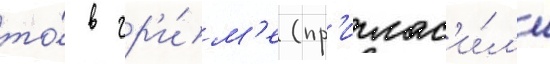
то́ в гр'и́м'е (пр'иглас'и́л'и